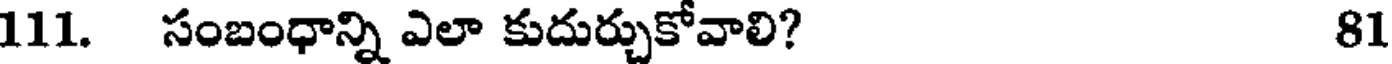
111. సంబంధాన్ని ఎలా కుదుర్చుకోవాలి? 81